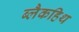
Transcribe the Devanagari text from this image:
ब्लैकहिथ